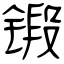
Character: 锻